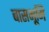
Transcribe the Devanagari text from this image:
बासभूमि